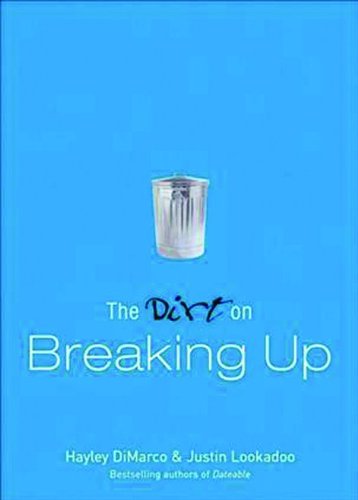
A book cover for The Dirt on Breaking Up; Hayley DiMarco; Teen & Young Adult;